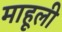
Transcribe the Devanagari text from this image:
माहूली